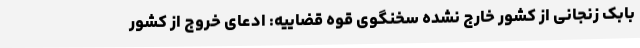
بابک زنجانی از کشور خارج نشده سخنگوی قوه قضاییه: ادعای خروج از کشور